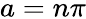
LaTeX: a=n\pi